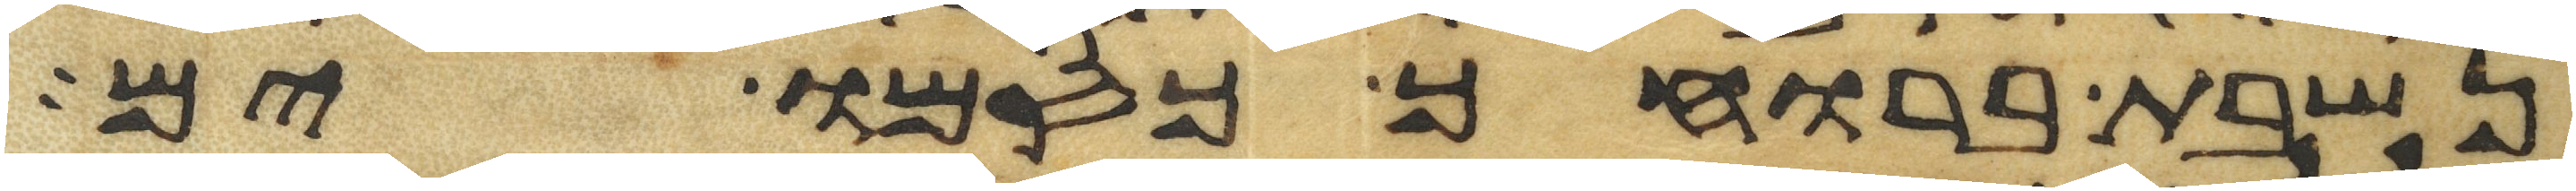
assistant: נשבת ברוחך כסמו ים